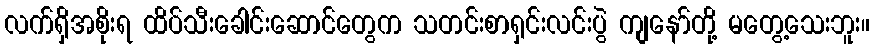
လက်ရှိအစိုးရ ထိပ်သီးခေါင်းဆောင်တွေက သတင်းစာရှင်းလင်းပွဲ ကျနော်တို့ မတွေ့သေးဘူး။